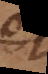
et